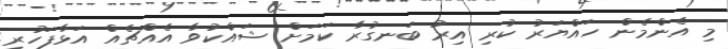
މި އެންމެން ހައްޔަރު ކުރި އިރު ބަނގުރާ ކަމަށް ޝައްކުވާ އެއްޗެއް އަޅާފަހުރި